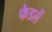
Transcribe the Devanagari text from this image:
फेडलें